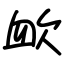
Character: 欰